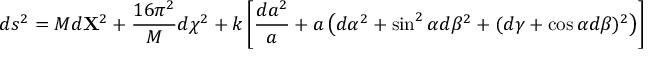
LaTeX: d s ^ { 2 } = M d { \bf X } ^ { 2 } + { \frac { 1 6 \pi ^ { 2 } } { M } } d \chi ^ { 2 } + k \left[ { \frac { d a ^ { 2 } } { a } } + a \left( d \alpha ^ { 2 } + \sin ^ { 2 } \alpha d \beta ^ { 2 } + ( d \gamma + \cos \alpha d \beta ) ^ { 2 } \right) \right]